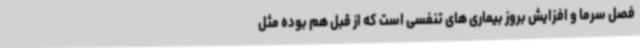
فصل سرما و افزایش بروز بیماری های تنفسی است که از قبل هم بوده مثل